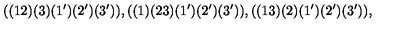
( ( 1 2 ) ( 3 ) ( 1 ^ { \prime } ) ( 2 ^ { \prime } ) ( 3 ^ { \prime } ) ) , ( ( 1 ) ( 2 3 ) ( 1 ^ { \prime } ) ( 2 ^ { \prime } ) ( 3 ^ { \prime } ) ) , ( ( 1 3 ) ( 2 ) ( 1 ^ { \prime } ) ( 2 ^ { \prime } ) ( 3 ^ { \prime } ) ) ,